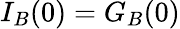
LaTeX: I_{B}(0)=G_{B}(0)